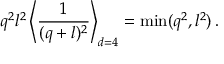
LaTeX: q ^ { 2 } l ^ { 2 } \left\langle { \frac { 1 } { ( q + l ) ^ { 2 } } } \right\rangle _ { d = 4 } = \operatorname * { m i n } ( q ^ { 2 } , l ^ { 2 } ) \, .